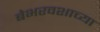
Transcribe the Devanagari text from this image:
बेभरवशाच्या